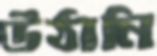
উঠানি